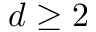
d \geq 2